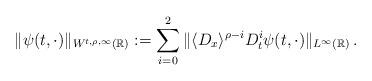
LaTeX: \begin{align*}\|\psi(t,\cdot)\|_{W^{t, \rho,\infty}(\mathbb{R})}:= \sum_{i=0}^2\| \langle D_x\rangle^{\rho-i}D^i_t \psi(t,\cdot)\|_{L^{\infty}(\mathbb{R})}\, .\end{align*}